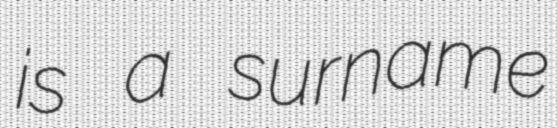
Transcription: is a surname